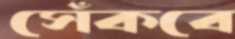
সেঁকবে